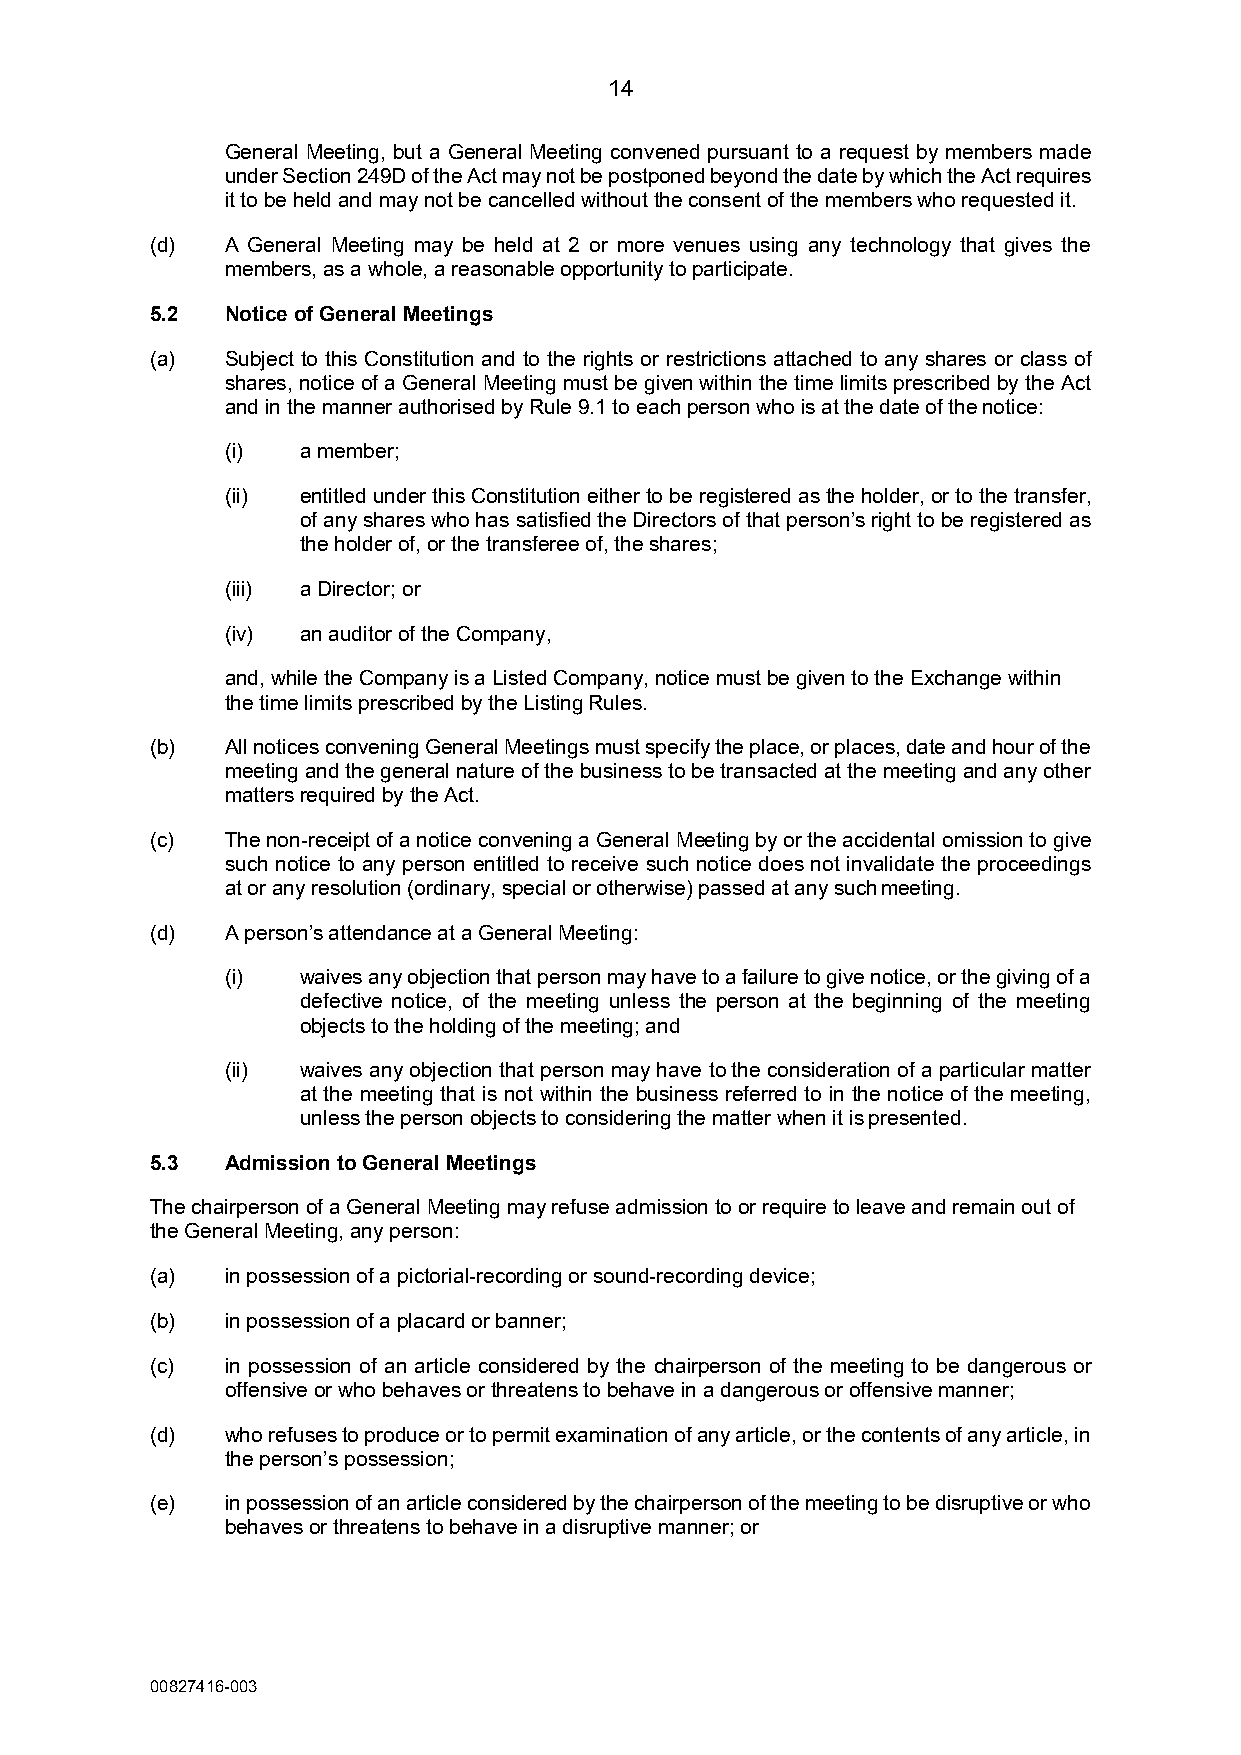
14
 General Meeting, but a General Meeting convened pursuant to a request by members made
 under Section 249D of the Act may not be postponed beyond the date by which the Act requires
 it to be held and may not be cancelled without the consent of the members who requested it.
 (d)  A General Meeting may be held at 2 or more venues using any technology that gives the
 members, as a whole, a reasonable opportunity to participate.
 5.2  Notice of General Meetings
 (a)  Subject to this Constitution and to the rights or restrictions attached to any shares or class of
 shares, notice of a General Meeting must be given within the time limits prescribed by the Act
 and in the manner authorised by Rule 9.1 to each person who is at the date of the notice:
 (i)  a member;
 (ii) entitled under this Constitution either to be registered as the holder, or to the transfer,
 of any shares who has satisfied the Directors of that person’s right to be registered as
 the holder of, or the transferee of, the shares;
 (iii) a Director; or
 (iv) an auditor of the Company,
 and, while the Company is a Listed Company, notice must be given to the Exchange within
 the time limits prescribed by the Listing Rules.
 (b)  All notices convening General Meetings must specify the place, or places, date and hour of the
 meeting and the general nature of the business to be transacted at the meeting and any other
 matters required by the Act.
 (c)  The non-receipt of a notice convening a General Meeting by or the accidental omission to give
 such notice to any person entitled to receive such notice does not invalidate the proceedings
 at or any resolution (ordinary, special or otherwise) passed at any such meeting.
 (d)  A person’s attendance at a General Meeting:
 (i)  waives any objection that person may have to a failure to give notice, or the giving of a
 defective notice, of the meeting unless the person at the beginning of the meeting
 objects to the holding of the meeting; and
 (ii) waives any objection that person may have to the consideration of a particular matter
 at the meeting that is not within the business referred to in the notice of the meeting,
 unless the person objects to considering the matter when it is presented.
 5.3  Admission to General Meetings
 The chairperson of a General Meeting may refuse admission to or require to leave and remain out of
 the General Meeting, any person:
 (a)  in possession of a pictorial-recording or sound-recording device;
 (b)  in possession of a placard or banner;
 (c)  in possession of an article considered by the chairperson of the meeting to be dangerous or
 offensive or who behaves or threatens to behave in a dangerous or offensive manner;
 (d)  who refuses to produce or to permit examination of any article, or the contents of any article, in
 the person’s possession;
 (e)  in possession of an article considered by the chairperson of the meeting to be disruptive or who
 behaves or threatens to behave in a disruptive manner; or
 00827416-003